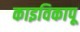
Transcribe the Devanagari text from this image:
काइविकापू